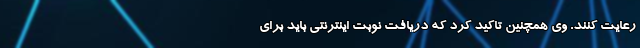
رعایت کنند. وی همچنین تاکید کرد که دریافت نوبت اینترنتی باید برای